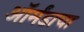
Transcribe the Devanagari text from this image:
ऑर्मंडाचा